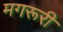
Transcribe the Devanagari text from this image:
मगरूरी